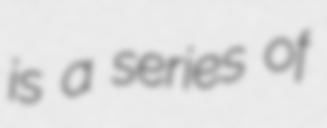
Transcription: is a series of